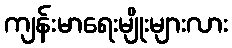
ကျန်းမာရေးမျိုးများလား